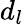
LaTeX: d_{l}